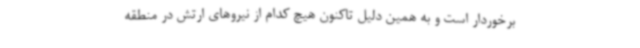
برخوردار است و به همین دلیل تاکنون هیچ کدام از نیروهای ارتش در منطقه